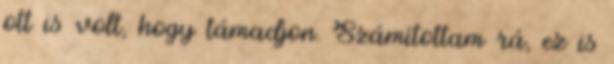
ott is volt, hogy támadjon. Számítottam rá, ez is